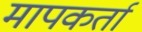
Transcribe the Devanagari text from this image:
मापकर्ता